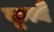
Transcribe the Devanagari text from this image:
कृत्यै